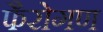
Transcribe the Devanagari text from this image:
फैरोगण